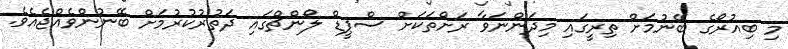
މި ބިއުރޯގެ ބޭނުމަށް ތިރީގައި މިދަންނަވާ ރަށްތަކަށް ސްޕީޑް ލޯންޗްގައި ދަތުރުކުރުމަށް ބޭނުންވެއްޖެއެވެ.